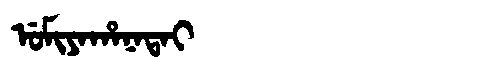
Manchu: ᡠᠮᡳᠶᠠᡥᠠᠨᠠᡨᠠᡳ
Romanization: UMIYAHANATAI